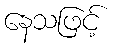
နေသဖြင့်